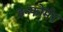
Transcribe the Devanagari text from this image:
इन्फोर्मर